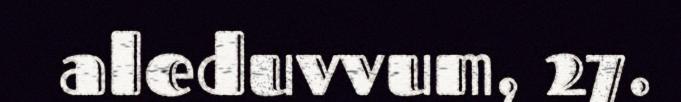
aleduvvum, 27.